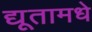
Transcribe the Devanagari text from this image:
द्यूतामधे